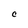
Character: C